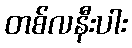
တစ်လနီးပါး